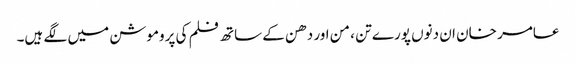
عامر خان ان دنوں پورے تن ، من اور دھن کے ساتھ فلم کی پروموشن میں لگے ہیں۔